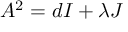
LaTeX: A ^ { 2 } = d I + \lambda J